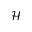
\mathcal { H }